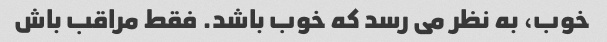
خوب، به نظر می رسد که خوب باشد. فقط مراقب باش